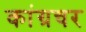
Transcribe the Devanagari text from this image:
कांग्रचर